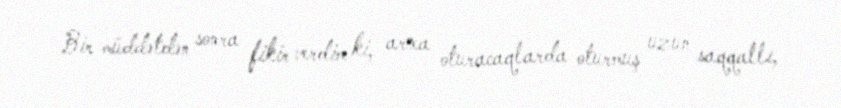
Bir müddətdən sonra fikir verdim ki, arxa oturacaqlarda oturmuş uzun saqqallı,